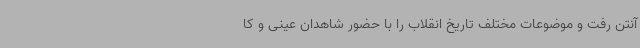
آنتن رفت و موضوعات مختلف تاریخ انقلاب را با حضور شاهدان عینی و کا